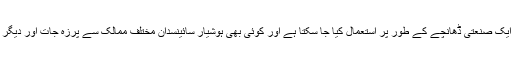
اب یہ انکشاف ہوا کہ اس کام کیلئے پوری دنیا کو ایک صنعتی ڈھانچے کے طور پر استعمال کیا جا سکتا ہے اور کوئی بھی ہوشیار سائینسدان مختلف ممالک سے پرزہ جات اور دیگر سامان درآمد کرکے سینٹریفیوج تیار کر سکتا ہے۔